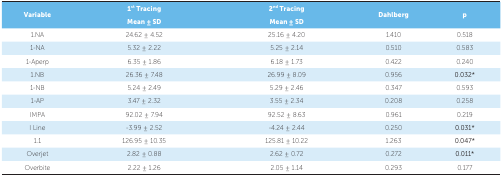
| <ROWSPAN=2> Variable | 1st Tracing | 2nd Tracing | <ROWSPAN=2> Dahlberg | <ROWSPAN=2> p |
 | Mean ± SD | Mean ± SD |
 | --- | --- | --- | --- | --- |
 | 1.NA | 24.62 ± 4.52 | 25.16 ± 4.20 | 1.410 | 0.518 |
 | 1-NA | 5.32 ± 2.22 | 5.25 ± 2.14 | 0.510 | 0.583 |
 | 1-Aperp | 6.35 ± 1.86 | 6.18 ± 1.73 | 0.422 | 0.240 |
 | 1.NB | 26.36 ± 7.48 | 26.99 ± 8.09 | 0.956 | 0.032* |
 | 1-NB | 5.24 ± 2.49 | 5.29 ± 2.46 | 0.347 | 0.593 |
 | 1-AP | 3.47 ± 2.32 | 3.55 ± 2.34 | 0.208 | 0.258 |
 | IMPA | 92.02 ± 7.94 | 92.52 ± 8.63 | 0.961 | 0.219 |
 | I Line | -3.99 ± 2.52 | -4.24 ± 2.44 | 0.250 | 0.031* |
 | 1.1 | 126.95 ± 10.35 | 125.81 ± 10.22 | 1.263 | 0.047* |
 | Overjet | 2.82 ± 0.88 | 2.62 ± 0.72 | 0.272 | 0.011* |
 | Overbite | 2.22 ± 1.26 | 2.05 ± 1.14 | 0.293 | 0.177 |